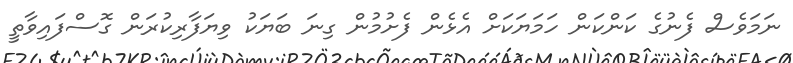
ނަމަވެސް ފެނުގެ ކަންކަން ހަމަޔަކަށް އެޅެން ފެށުމުން ގިނަ ބަޔަކު ވިޔަފާރިކުރަން ގޮސްފައިވާތީ